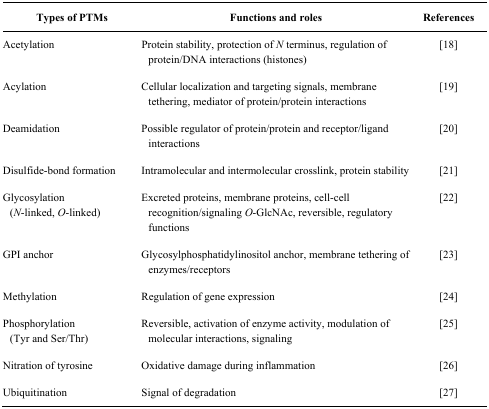
| Types of PTMs | Functions and roles | References |
 | --- | --- | --- |
 | Acetylation | Protein stability, protection of N terminus, regulation of protein/DNA interactions (histones) | [18] |
 | Acylation | Cellular localization and targeting signals, membrane tethering, mediator of protein/protein interactions | [19] |
 | Deamidation | Possible regulator of protein/protein and receptor/ligand interactions | [20] |
 | Disulfide-bond formation | Intramolecular and intermolecular crosslink, protein stability | [21] |
 | Glycosylation (N-linked, O-linked) | Excreted proteins, membrane proteins, cell-cell recognition/signaling O-GlcNAc, reversible, regulatory functions | [22] |
 | GPI anchor | Glycosylphosphatidylinositol anchor, membrane tethering of enzymes/receptors | [23] |
 | Methylation | Regulation of gene expression | [24] |
 | Phosphorylation (Tyr and Ser/Thr) | Reversible, activation of enzyme activity, modulation of molecular interactions, signaling | [25] |
 | Nitration of tyrosine | Oxidative damage during inflammation | [26] |
 | Ubiquitination | Signal of degradation | [27] |